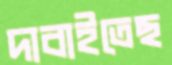
দাবাইতেছ